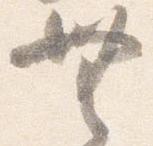
無